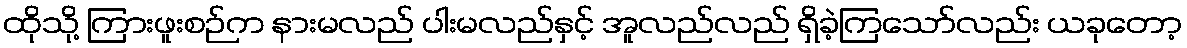
ထိုသို့ ကြားဖူးစဉ်က နားမလည် ပါးမလည်နှင့် အူလည်လည် ရှိခဲ့ကြသော်လည်း ယခုတော့